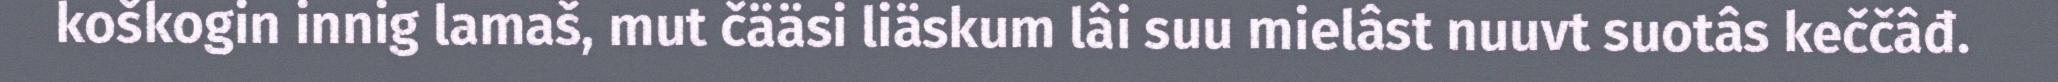
koškogin innig lamaš, mut čääsi liäskum lâi suu mielâst nuuvt suotâs keččâđ.